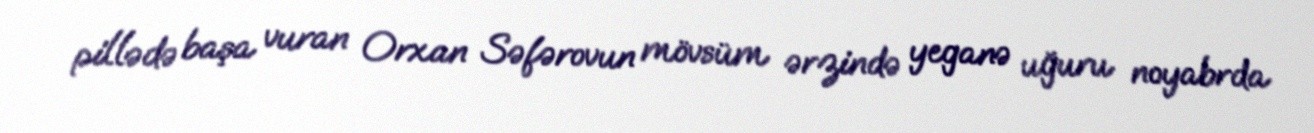
pillədə başa vuran Orxan Səfərovun mövsüm ərzində yeganə uğuru noyabrda